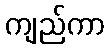
ကျည်ကာ